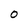
Character: O